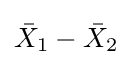
{\bar {X}}_{1}-{\bar {X}}_{2}